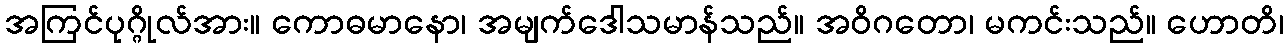
အကြင်ပုဂ္ဂိုလ်အား။ ကောဓမာနော၊ အမျက်ဒေါသမာန်သည်။ အဝိဂတော၊ မကင်းသည်။ ဟောတိ၊